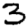
Digit: 3